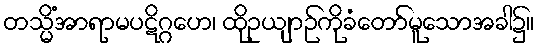
တသ္မိံအာရာမပဋိဂ္ဂဟေ၊ ထိုဥယျာဉ်ကိုခံတော်မူသောအခါ၌။